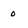
Character: O